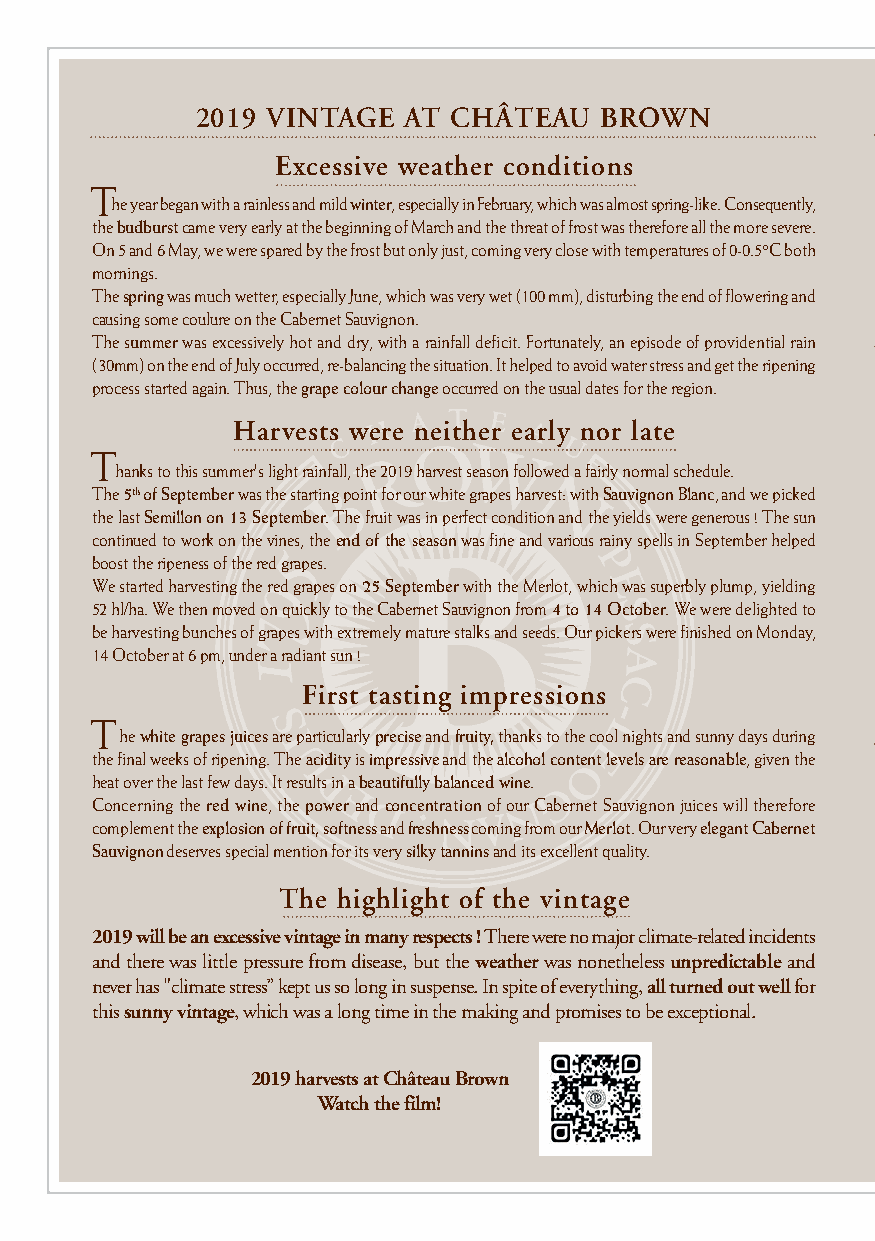
2019 VINTAGE  AT CHÂTEAU   BROWN
 Excessive weather conditions
 T
 he year began with a rainless and mild winter, especially in February, which was almost spring-like. Consequently,
 the budburst came very early at the beginning of March and the threat of frost was therefore all the more severe.
 On 5 and 6 May, we were spared by the frost but only just, coming very close with temperatures of 0-0.5°C both
 mornings.
 The spring was much wetter, especially June, which was very wet (100 mm), disturbing the end of flowering and
 causing some coulure on the Cabernet Sauvignon.
 The summer was excessively hot and dry, with a rainfall deficit. Fortunately, an episode of providential rain
 (30mm) on the end of July occurred, re-balancing the situation. It helped to avoid water stress and get the ripening
 process started again. Thus, the grape colour change occurred on the usual dates for the region.
 Harvests were neither early nor late
 T
 hanks to this summer's light rainfall, the 2019 harvest season followed a fairly normal schedule.
 The 5th of September was the starting point for our white grapes harvest: with Sauvignon Blanc, and we picked
 the last Semillon on 13 September. The fruit was in perfect condition and the yields were generous ! The sun
 continued to work on the vines, the end of the season was fine and various rainy spells in September helped
 boost the ripeness of the red grapes.
 We started harvesting the red grapes on 25 September with the Merlot, which was superbly plump, yielding
 52 hl/ha. We then moved on quickly to the Cabernet Sauvignon from 4 to 14 October. We were delighted to
 be harvesting bunches of grapes with extremely mature stalks and seeds. Our pickers were finished on Monday,
 14 October at 6 pm, under a radiant sun !
 First tasting impressions
 T
 he white grapes juices are particularly precise and fruity, thanks to the cool nights and sunny days during
 the final weeks of ripening. The acidity is impressive and the alcohol content levels are reasonable, given the
 heat over the last few days. It results in a beautifully balanced wine.
 Concerning the red wine, the power and concentration of our Cabernet Sauvignon juices will therefore
 complement the explosion of fruit, softness and freshness coming from our Merlot. Our very elegant Cabernet
 Sauvignon deserves special mention for its very silky tannins and its excellent quality.
 The highlight of the vintage
 2019 will be an excessive vintage in many respects ! There were no major climate-related incidents
 and there was little pressure from disease, but the weather was nonetheless unpredictable and
 never has "climate stress” kept us so long in suspense. In spite of everything, all turned out well for
 this sunny vintage, which was a long time in the making and promises to be exceptional.
 2019 harvests at Château Brown
 Watch the film!